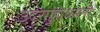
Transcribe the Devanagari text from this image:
उदरगुहाधमनी